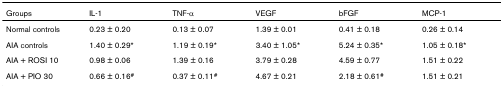
| Groups | IL-1 | TNF-α | VEGF | bFGF | MCP-1 |
 | --- | --- | --- | --- | --- | --- |
 | Normal controls | 0.23 ± 0.20 | 0.13 ± 0.07 | 1.39 ± 0.01 | 0.41 ± 0.18 | 0.26 ± 0.14 |
 | AIA controls | 1.40 ± 0.29* | 1.19 ± 0.19* | 3.40 ± 1.05* | 5.24 ± 0.35* | 1.05 ± 0.18* |
 | AIA + ROSI 10 | 0.98 ± 0.06 | 1.39 ± 0.16 | 3.79 ± 0.28 | 4.59 ± 0.77 | 1.51 ± 0.22 |
 | AIA + PIO 30 | 0.66 ± 0.16# | 0.37 ± 0.11# | 4.67 ± 0.21 | 2.18 ± 0.61# | 1.51 ± 0.21 |